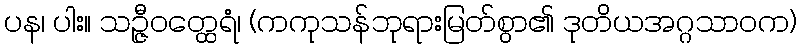
ပန၊ ပါး။ သဉ္ဇီဝတ္ထေရံ၊ (ကကုသန်ဘုရားမြတ်စွာ၏ ဒုတိယအဂ္ဂသာဝက)